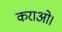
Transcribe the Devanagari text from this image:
कराओ।